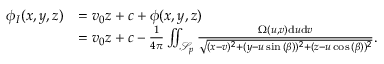
\begin{array} { r l } { \phi _ { I } ( x , y , z ) } & { = v _ { 0 } z + c + \phi ( x , y , z ) } \\ & { = v _ { 0 } z + c - \frac { 1 } { 4 \pi } \iint _ { \mathcal { S } _ { p } } \frac { \Omega ( u , v ) \mathrm { d } u \mathrm { d } v } { \sqrt { ( x - v ) ^ { 2 } + ( y - u \sin { ( \beta ) } ) ^ { 2 } + ( z - u \cos { ( \beta ) } ) ^ { 2 } } } . } \end{array}